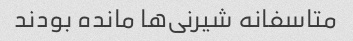
متاسفانه شیرنی‌ها مانده بودند